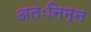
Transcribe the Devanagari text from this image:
अतःनिम्न